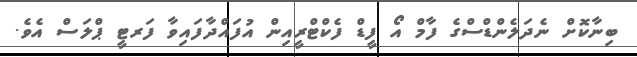
ބިނާކޮށް ނެދަލެންޑްސްގެ ފާމް އޯ ފީޑް ފެކްޓްރީއިން އުފައްދާފައިވާ ފަރޓީ ޕްލަސް އެވެ.